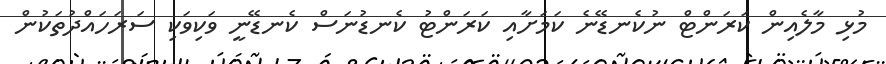
މުޅި މާލެއިން ކަރަންޓް ނުކެނޑޭނެ ކަމަށާއި ކަރަންޓު ކެނޑުނަސް ކެނޑޭނީ ވަކިވަކި ސަރަހައްދުތަކުން